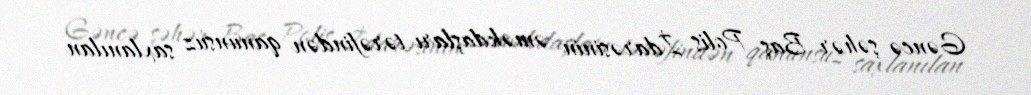
Gəncə şəhər Baş Polis İdarəsinin əməkdaşları tərəfindən qanunsuz saxlanılan